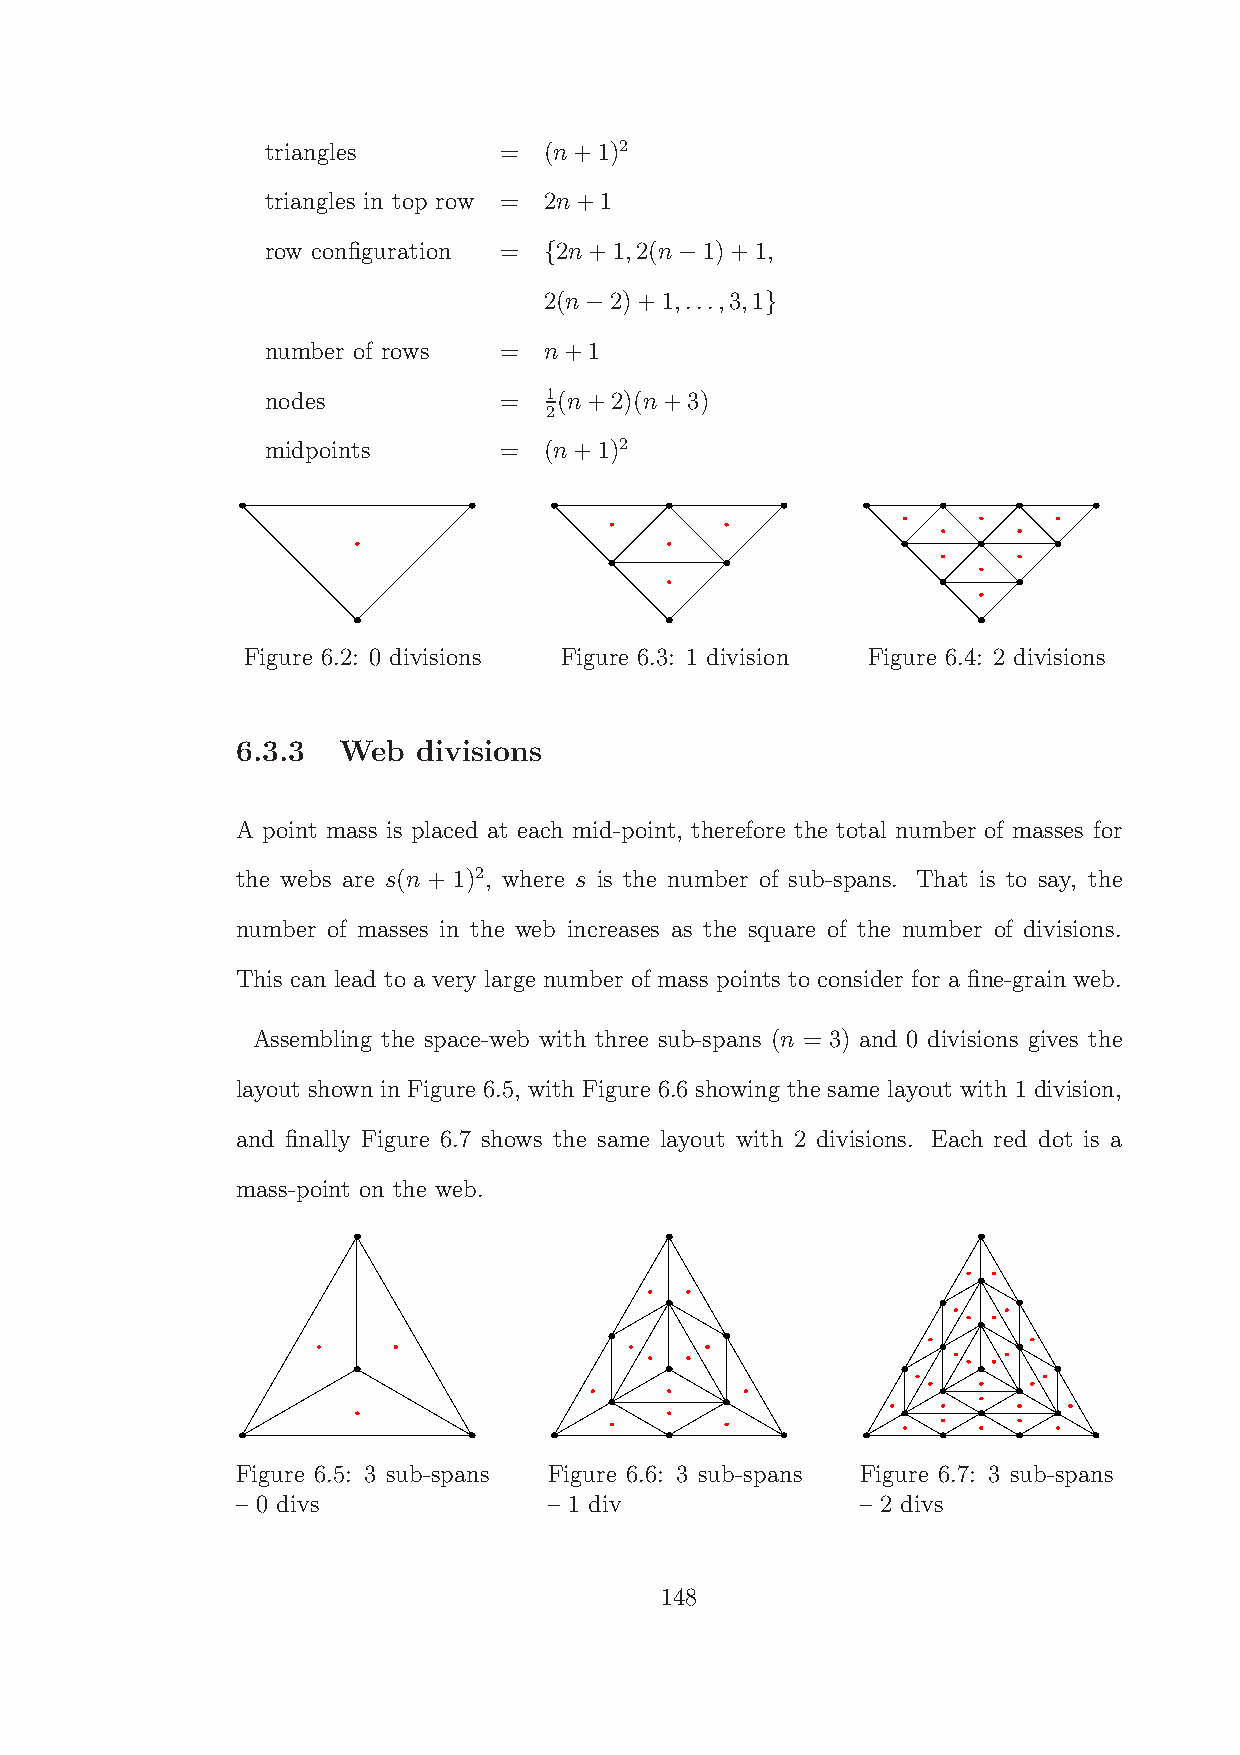
triangles      =  (n+1)2
 triangles in top row = 2n+1
 row configuration = 2n+1,2(n 1)+1,
 {        −
 2(n 2)+1,...,3,1
 −           }
 number of rows =  n+1
 nodes          =  1(n+2)(n+3)
 2
 midpoints      =  (n+1)2
 Figure 6.2: 0 divisions Figure 6.3: 1 division Figure 6.4: 2 divisions
 6.3.3 Web   divisions
 A point mass is placed at each mid-point, therefore the total number of masses for
 the webs are s(n + 1)2, where s is the number of sub-spans. That is to say, the
 number of masses in the web increases as the square of the number of divisions.
 This can lead to a very large number of mass points to consider for a fine-grain web.
 Assembling the space-web with three sub-spans (n = 3) and 0 divisions gives the
 layout shown in Figure 6.5, with Figure 6.6 showing the same layout with 1 division,
 and finally Figure 6.7 shows the same layout with 2 divisions. Each red dot is a
 mass-point on the web.
 Figure 6.5: 3 sub-spans Figure 6.6: 3 sub-spans Figure 6.7: 3 sub-spans
 – 0 divs            – 1 div              – 2 divs
 148